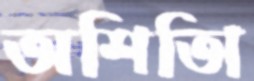
অশিতিা